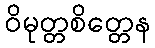
ဝိမုတ္တစိတ္တေန